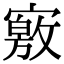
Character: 𡫀